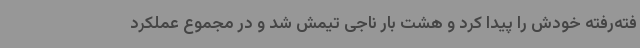
فته‌رفته خودش را پیدا کرد و هشت بار ناجی تیمش شد و در مجموع عملکرد